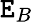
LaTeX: \mathtt{E}_{B}